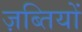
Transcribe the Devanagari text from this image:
ज़ब्तियों